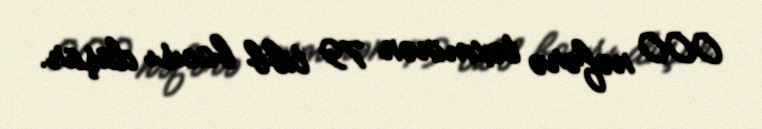
000 nəfərə təxminən 79 tibb bacısı düşür.